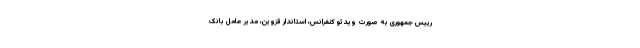
رییس جمهوری به صورت ویدئو کنفرانس، استاندار قزوین، مدیر عامل بانک